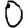
Digit: 0